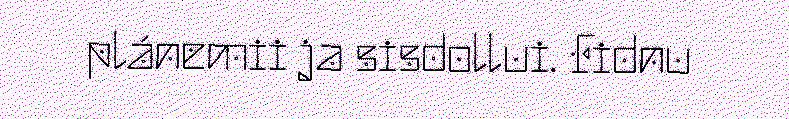
plánemii ja sisdollui. Fidnu